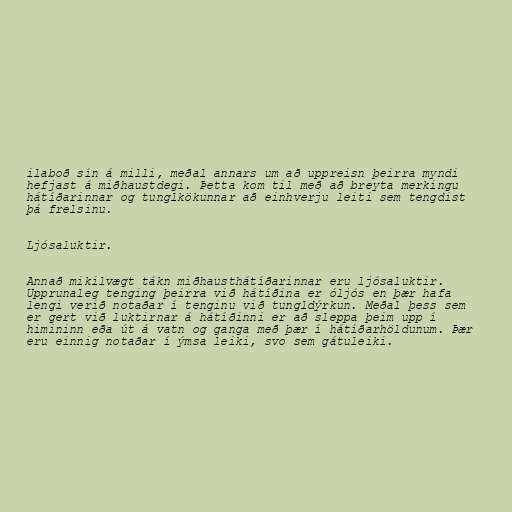
ilaboð sín á milli, meðal annars um að uppreisn þeirra myndi
hefjast á miðhaustdegi. Þetta kom til með að breyta merkingu
hátíðarinnar og tunglkökunnar að einhverju leiti sem tengdist
þá frelsinu.

Ljósaluktir.

Annað mikilvægt tákn miðhausthátíðarinnar eru ljósaluktir.
Upprunaleg tenging þeirra við hátíðina er óljós en þær hafa
lengi verið notaðar í tenginu við tungldýrkun. Meðal þess sem
er gert við luktirnar á hátíðinni er að sleppa þeim upp í
himininn eða út á vatn og ganga með þær í hátíðarhöldunum. Þær
eru einnig notaðar í ýmsa leiki, svo sem gátuleiki.